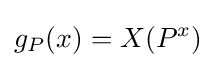
g_{P}(x)=X(P^{x})